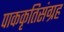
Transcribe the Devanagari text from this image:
पाककृतिसंग्रह